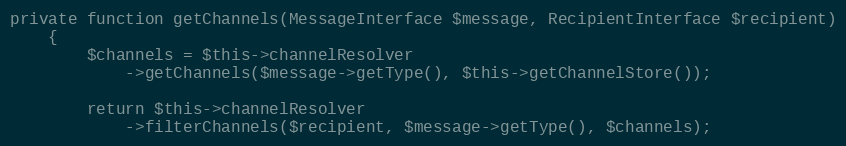
Language: PHP
private function getChannels(MessageInterface $message, RecipientInterface $recipient)
    {
        $channels = $this->channelResolver
            ->getChannels($message->getType(), $this->getChannelStore());

        return $this->channelResolver
            ->filterChannels($recipient, $message->getType(), $channels);